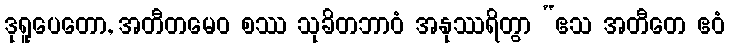
ဒုရူပေတော, အတီတမေဝ စဿ သုခိတဘာဝံ အနုဿရိတွာ “ဧသ အတီတေ ဧဝံ